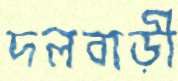
দলবাড়ী